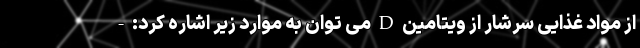
از مواد غذایی سرشار از ویتامین D می توان به موارد زیر اشاره کرد: -